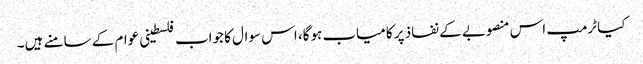
کیا ٹرمپ اس منصوبے کے نفاذ پر کامیاب ہوگا، اس سوال کا جواب فلسطینی عوام کے سامنے ہیں۔